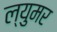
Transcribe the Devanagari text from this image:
ल्युमर